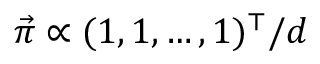
\vec { \pi } \propto ( 1 , 1 , \ldots , 1 ) ^ { \top } / d